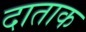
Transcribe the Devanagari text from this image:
दाताक